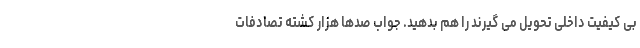
بی کیفیت داخلی تحویل می گیرند را هم بدهید. جواب صدها هزار کشته تصادفات